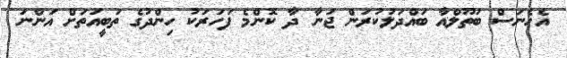
އެހެނަސް ބަތޫލްއާ ބައްދަލުކުރަން ޖަނާ ދާ ކޮންމެ ފަހަރަކު ހިންދުގެ ތަބީއަތަށް އަންނަ